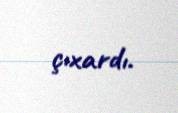
çıxardı.